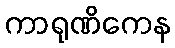
ကာရုဏိကေန